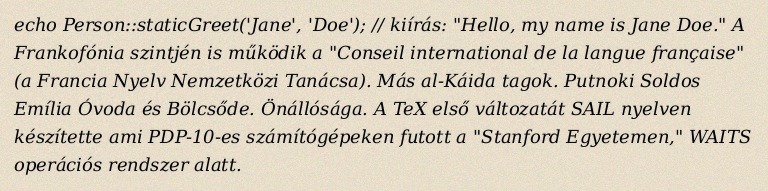
echo Person::staticGreet('Jane', 'Doe'); // kiírás: "Hello, my name is Jane Doe." A Frankofónia szintjén is működik a "Conseil international de la langue française" (a Francia Nyelv Nemzetközi Tanácsa). Más al-Káida tagok. Putnoki Soldos Emília Óvoda és Bölcsőde. Önállósága. A TeX első változatát SAIL nyelven készítette ami PDP-10-es számítógépeken futott a "Stanford Egyetemen," WAITS operációs rendszer alatt.